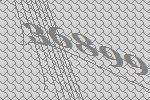
36899